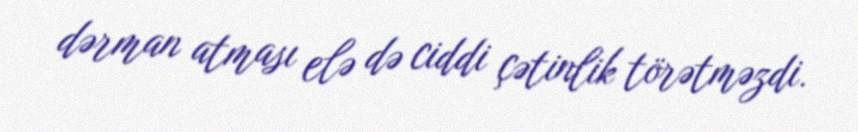
dərman atması elə də ciddi çətinlik törətməzdi.